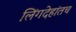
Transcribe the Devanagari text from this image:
लिंगदेहांतच